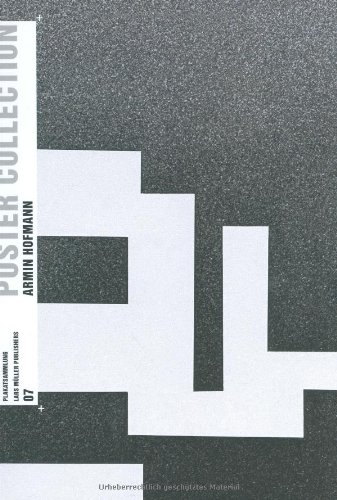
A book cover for Poster Collection 07: Armin Hofmann; Crafts, Hobbies & Home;